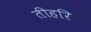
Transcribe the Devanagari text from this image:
तीहरि